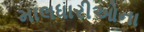
માલધારીઓના